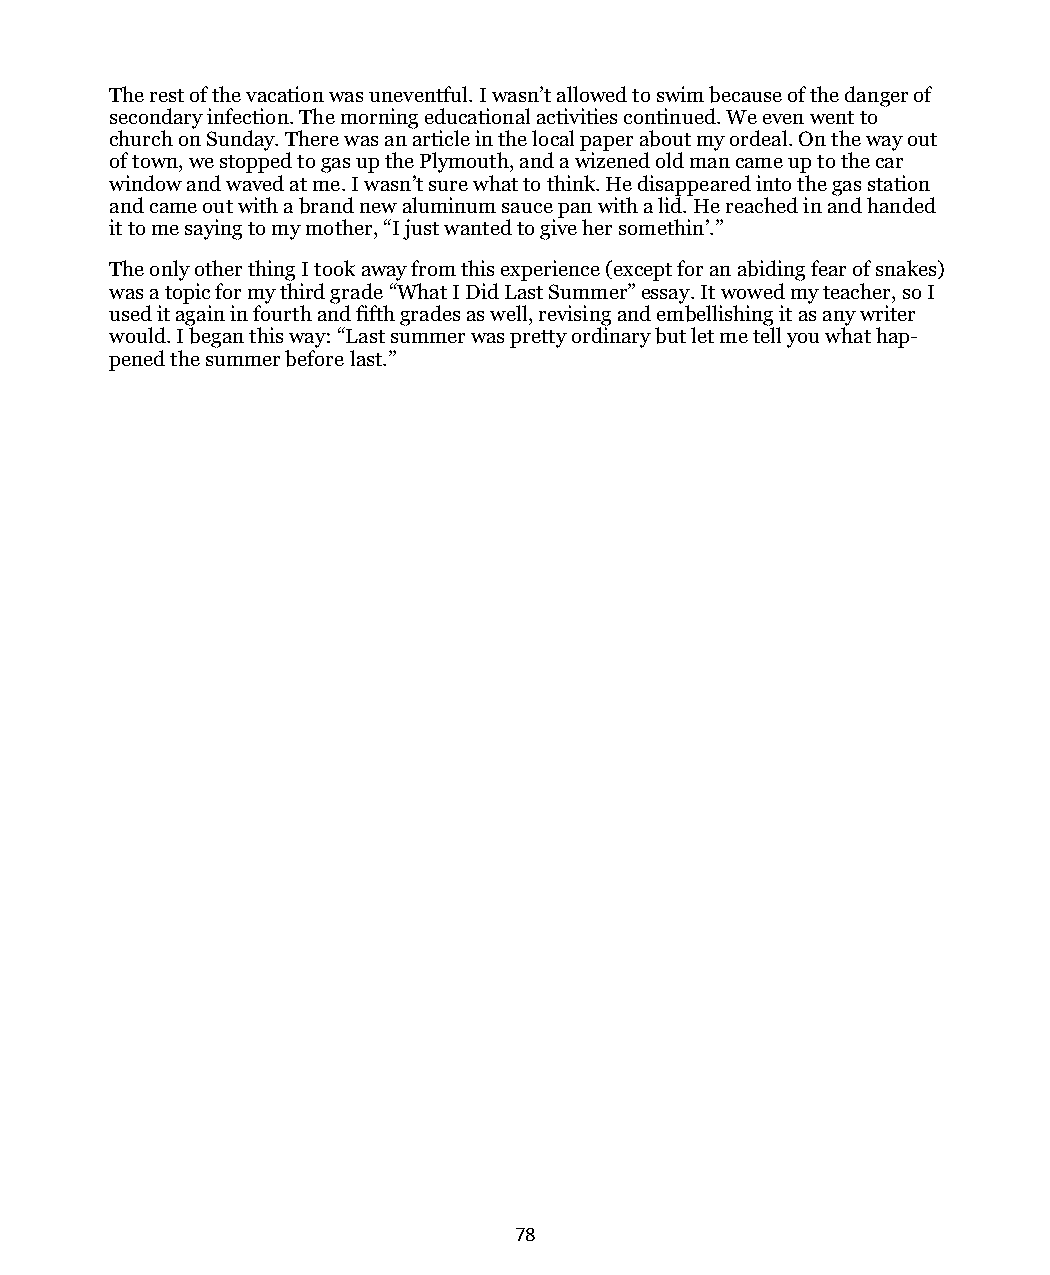
The rest of the vacation was uneventful. I wasn’t allowed to swim because of the danger of
 secondary infection. The morning educational activities continued. We even went to
 church on Sunday. There was an article in the local paper about my ordeal. On the way out
 of town, we stopped to gas up the Plymouth, and a wizened old man came up to the car
 window and waved at me. I wasn’t sure what to think. He disappeared into the gas station
 and came out with a brand new aluminum sauce pan with a lid. He reached in and handed
 it to me saying to my mother, “I just wanted to give her somethin’.”
 The only other thing I took away from this experience (except for an abiding fear of snakes)
 was a topic for my third grade “What I Did Last Summer” essay. It wowed my teacher, so I
 used it again in fourth and fifth grades as well, revising and embellishing it as any writer
 would. I began this way: “Last summer was pretty ordinary but let me tell you what hap-
 pened the summer before last.”
 78